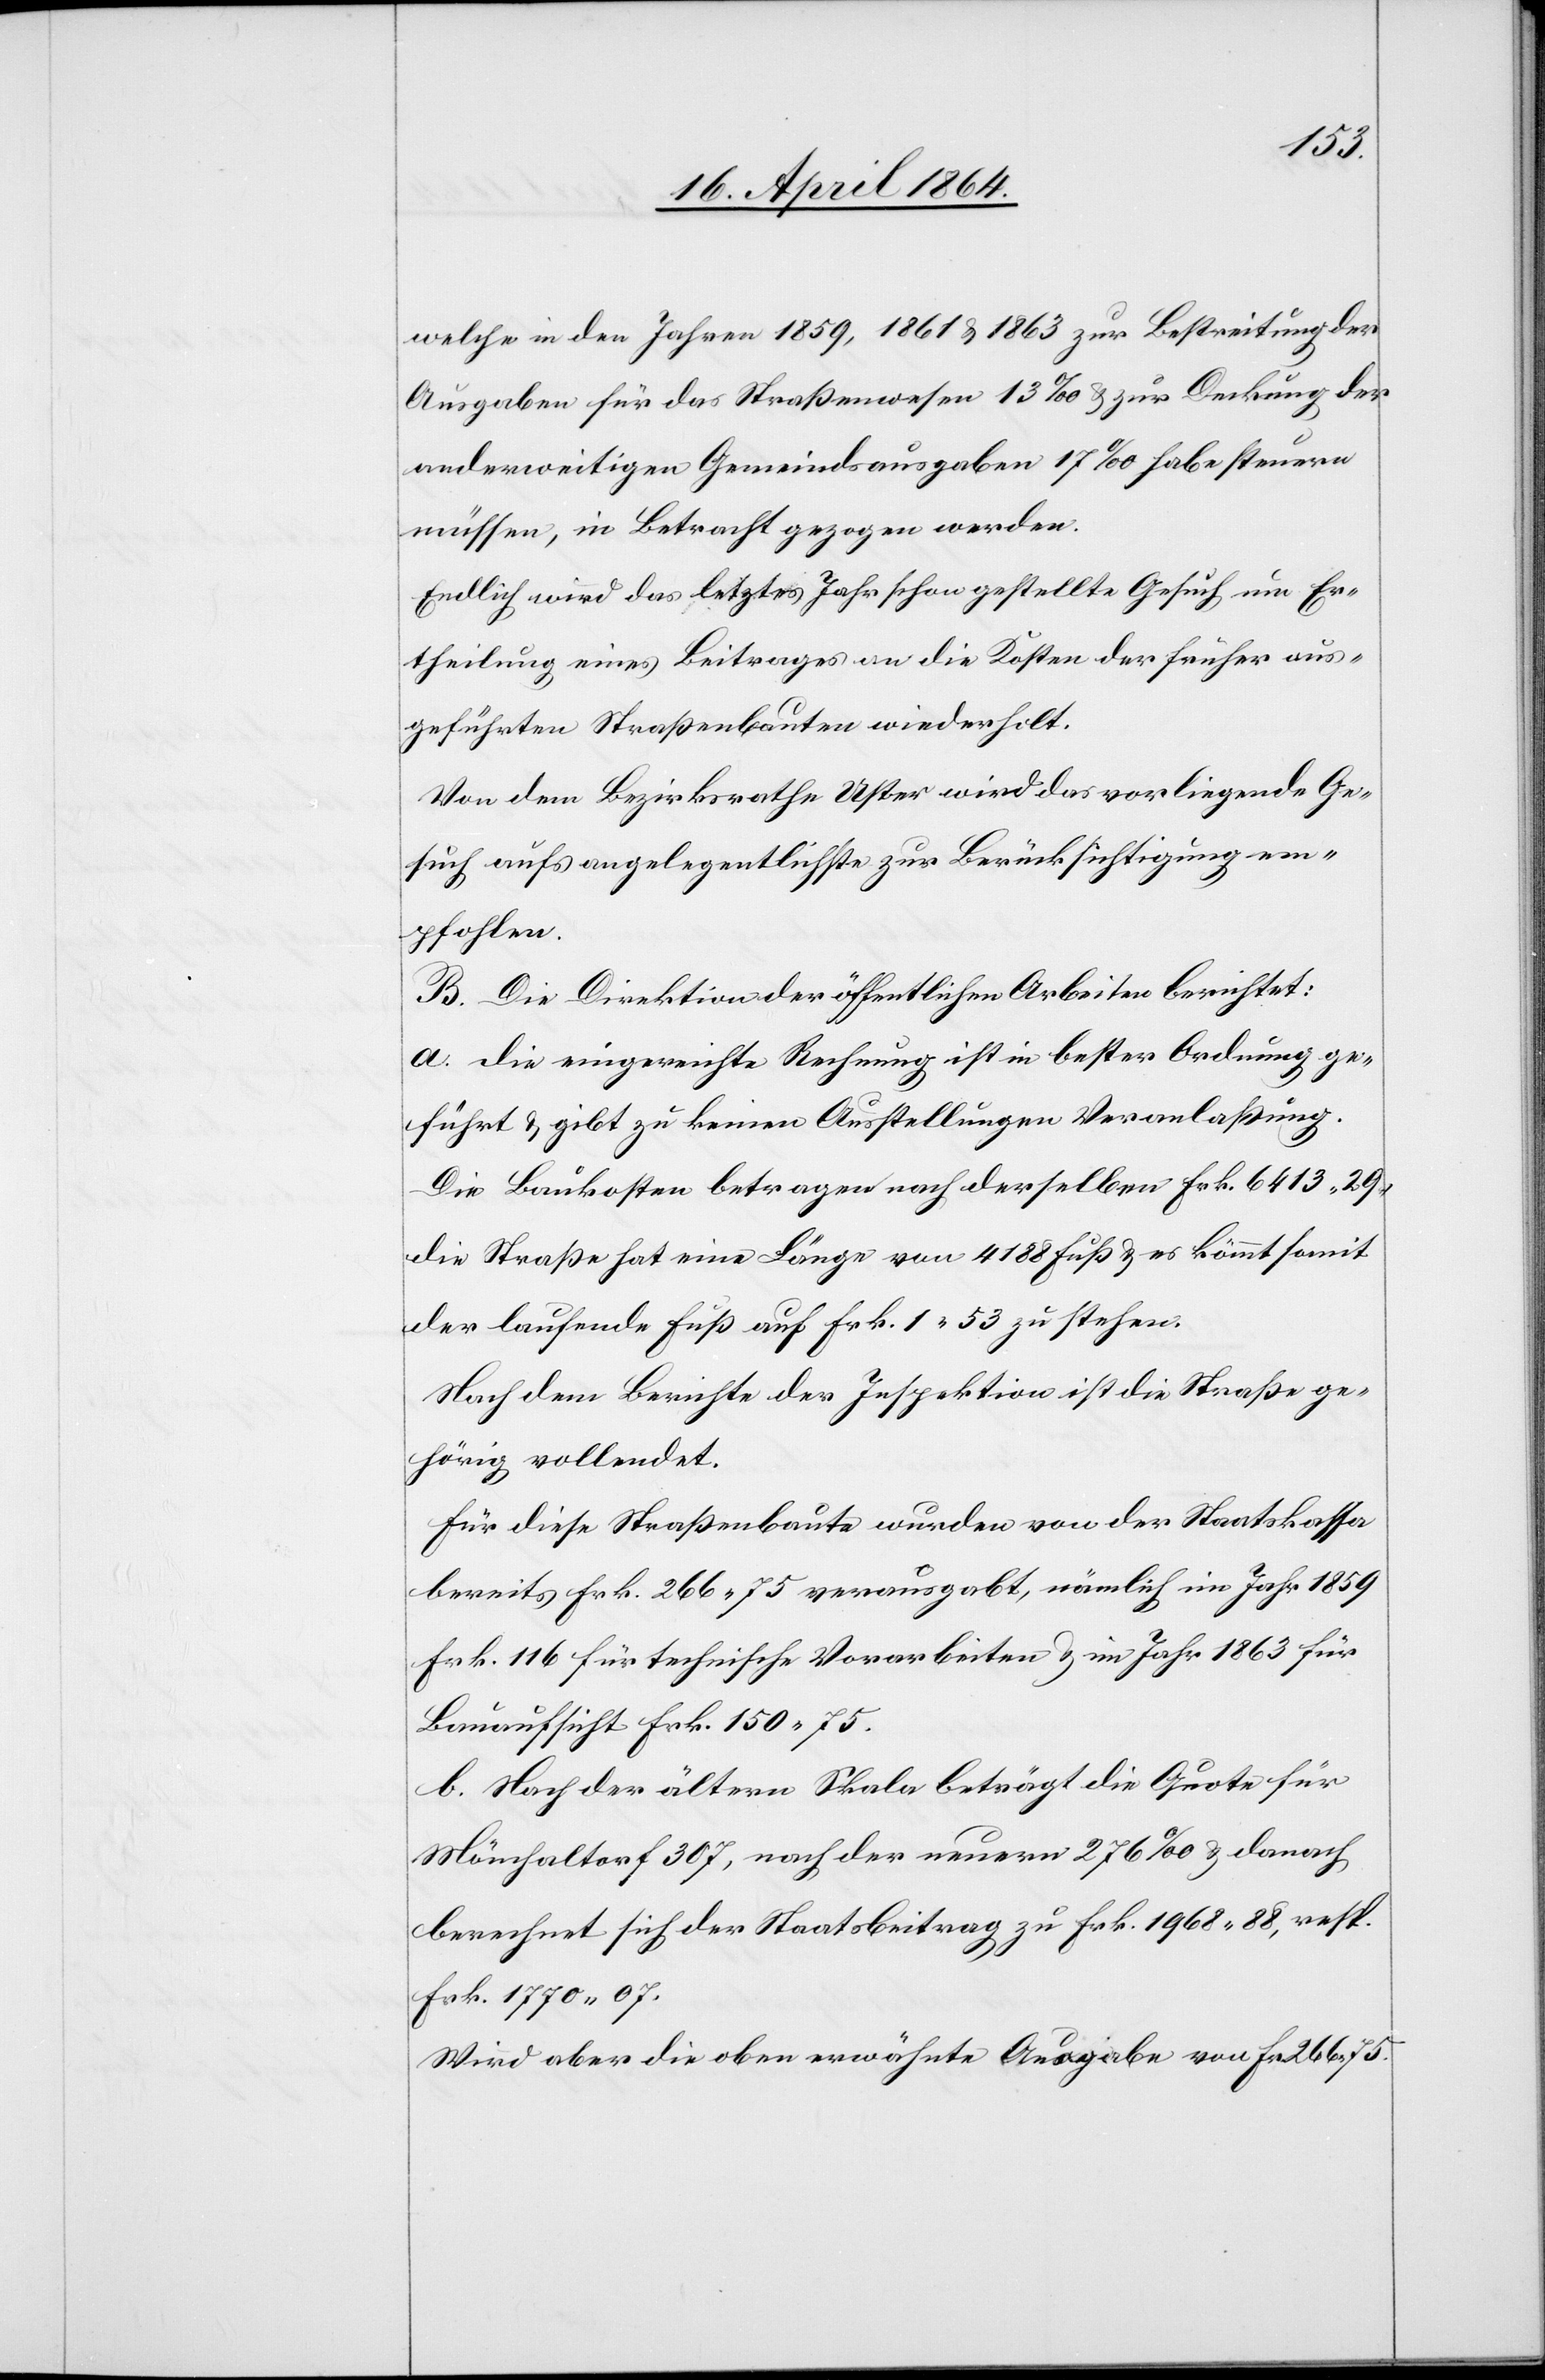
welche in den Jahren 1859, 1861 u. 1863 zur Bestreitung der
Ausgaben für das Straßenwesen 13‰ u. zur Deckung der
anderweitigen Gemeindsausgaben 17‰ habe steuern
müssen, in Betracht gezogen werden.
Endlich wird das letztes Jahr schon gestellte Gesuch um Er¬
theilung eines Beitrages an die Kosten der früher aus¬
geführten Straßenbauten wiederholt.
Von dem Bezirksrathe Uster wird das vorliegende Ge¬
such aufs angelegentlichste zur Berücksichtigung em¬
pfohlen.
B. Die Direktion der öffentlichen Arbeiten berichtet:
a. Die eingereichte Rechnung ist in bester Ordnung ge¬
führt u. gibt zu keinen Ausstellungen Veranlaßung.
Die Baukosten betragen nach derselben Frk. 6413 29,
die Straße hat eine Länger von 4188 Fuß u. es kömmt somit
der laufende Fuß auf Frk. 1 53 zu stehen.
Nach dem Berichte der Inspektion ist die Straße ge¬
hörig vollendet.
Für diese Straßenbaute wurden von der Staatskassa
bereits Frk. 266 75 verausgabt, nämlich im Jahr 1859
Frk. 116 für technische Vorarbeiten u. im Jahr 1863 für
Bauaufsicht Frk. 150 75.
b. Nach der ältern Skala beträgt die Quote für
Mönchaltorf 307, nach der neuern 276‰ u. danach
berechnet sich der Staatsbeitrag zu Frk. 1968 88, resp.
Frk. 1770 07.
Wird aber die oben erwähnte Ausgabe von Fr. 266 75